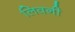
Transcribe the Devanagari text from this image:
लिवनी